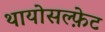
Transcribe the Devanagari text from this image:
थायोसल्फ़ेट